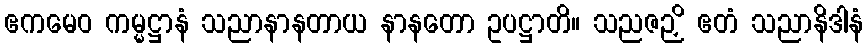
ဧကမေဝ ကမ္မဋ္ဌာနံ သညာနာနတာယ နာနတော ဥပဋ္ဌာတိ။ သညဇဉှိ ဧတံ သညာနိဒါနံ